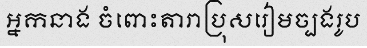
អ្នកនាង ចំពោះតារាប្រុសរៀមច្បងរូប